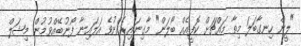
"ލީން ހިނގާބަލަ މިތާ މައްޗަށް ކޮފީއެއް ބޯލަން" މާގިނައިރެއްނުވެ އަލައިނާ ފޯނުބޭއްވުމުން މިޝަލް